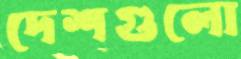
দেশগুলো